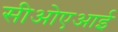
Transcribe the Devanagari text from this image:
सीओएआई